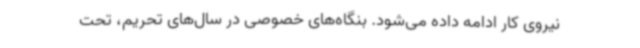
نیروی کار ادامه داده می‌شود. بنگاه‌های خصوصی در سال‌های تحریم، تحت